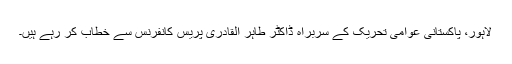
لاہور، پاکستانی عوامی تحریک کے سربراہ ڈاکٹر طاہر القادری پریس کانفرنس سے خطاب کر رہے ہیں۔